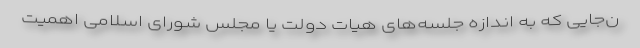
ن‌جایی که به اندازه جلسه‌های هیات دولت یا مجلس شورای اسلامی اهمیت